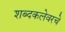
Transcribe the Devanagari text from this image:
शब्दकलेवरचे